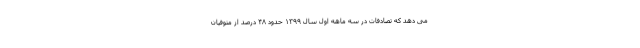
می دهد که تصادفات در سه ماهه اول سال ۱۳۹۹ حدود ۴۸ درصد از متوفیان